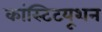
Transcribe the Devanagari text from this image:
कांस्टिटयूशन